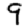
Digit: 9